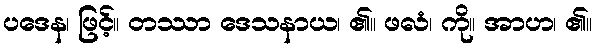
ပဒေန၊ ဖြင့်။ တဿာ ဒေသနာယ၊ ၏။ ဖလံ၊ ကို။ အာဟ၊ ၏။